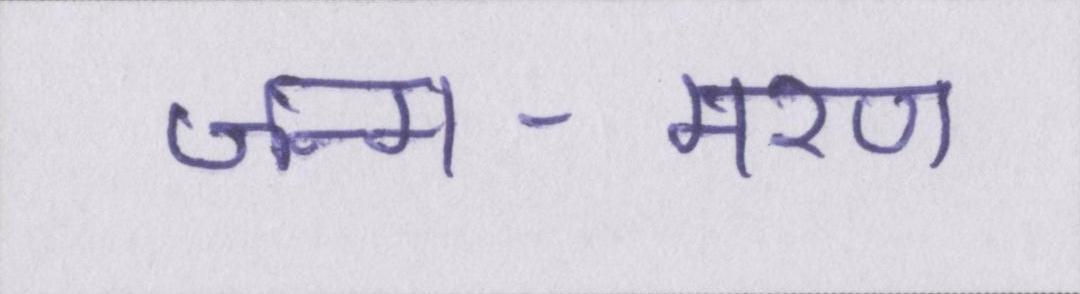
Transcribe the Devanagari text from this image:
जन्म-मरण